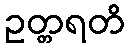
ဥတ္တရတိ